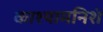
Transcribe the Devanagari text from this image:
काश्यामनिशं